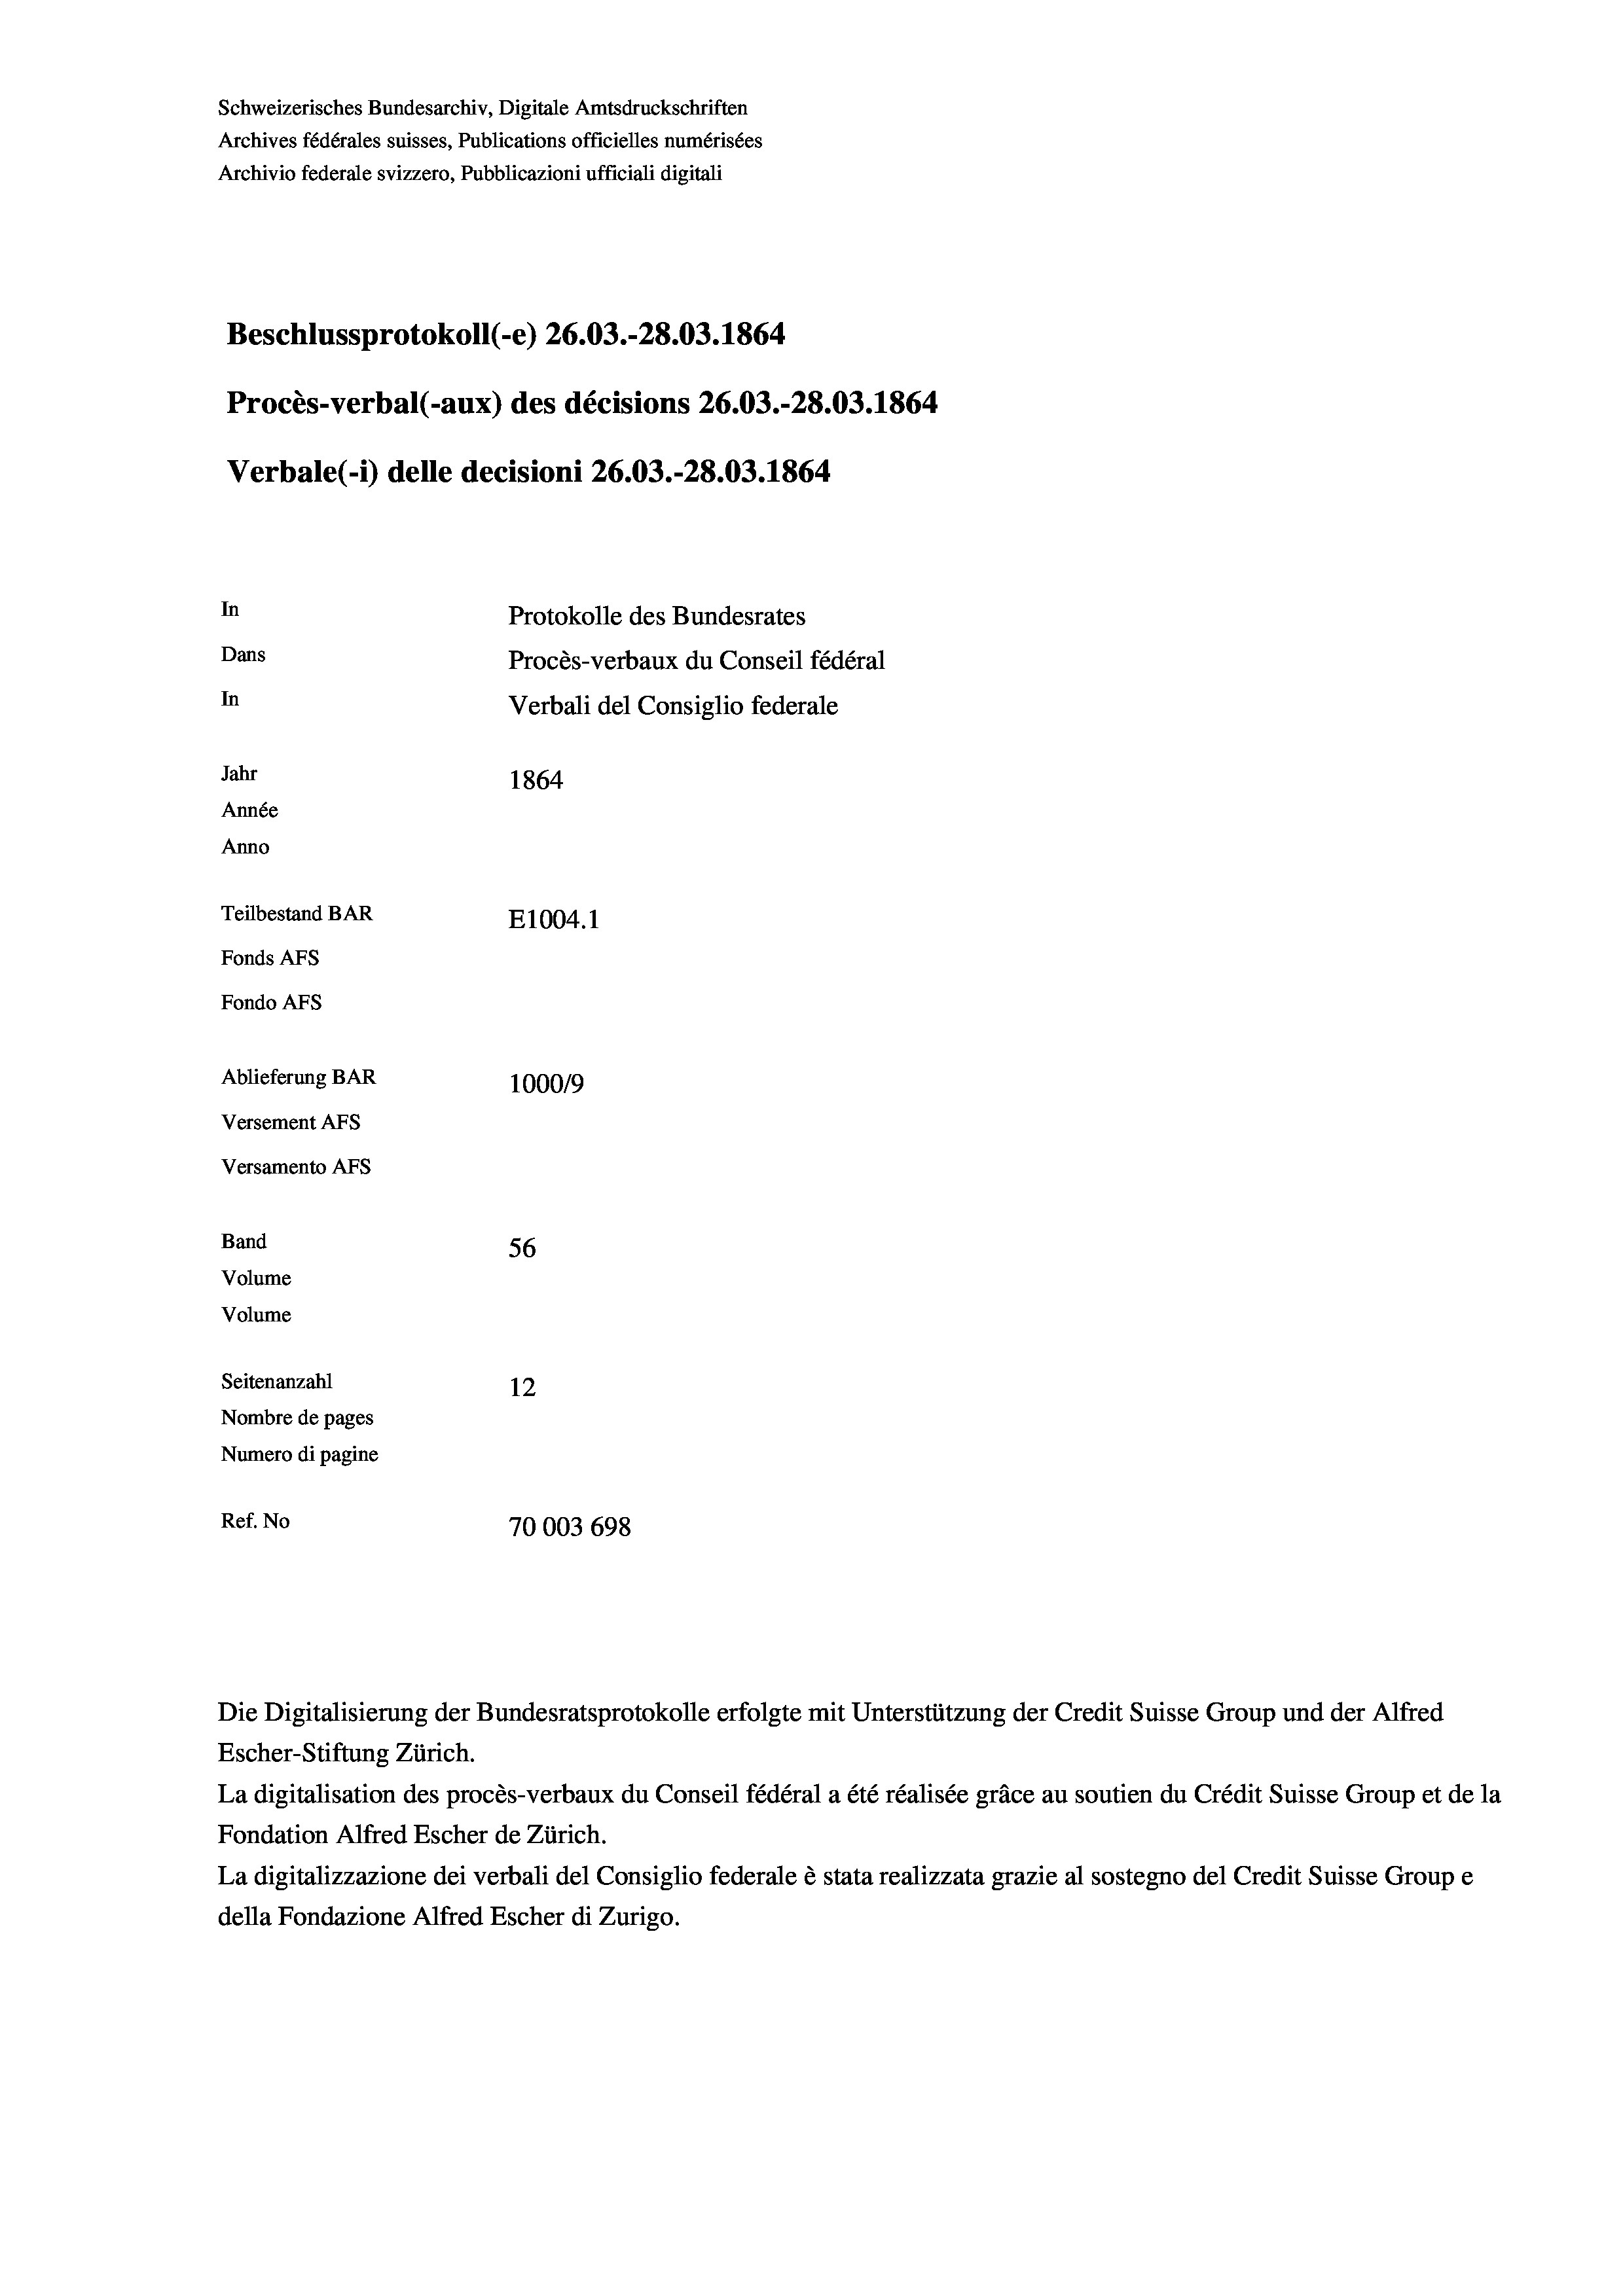
Schweizerisches Bundesarchiv, Digitale Amtsdruckschriften
Archives fédérales suisses, Publications officielles numérisées
Archivio federale svizzero, Pubblicazioni ufficiali digitali
Beschlussprotokoll (-e) 26.03.-28.03. 1864
Procès-verbal (-aux) des décisions 26.03.-28.03. 1864
Verbale (i) delle decisioni 26.03.-28.03. 1864
In
Protokolle des Bundesrates
Dans
Procès-verbaux du Conseil fédéral
In
Verbali del Consiglio federale
Jahr
1864
Année
Anno
Teilbestand BAR
E1004.1
Fonds AFs
Fondo AFS
Ablieferung BAR
100019
Versement AFs
Versamento Afs
Band
56
Volume
Volume
Seitenanzahl
12

Nombre de pages
Numero di pagine
Ref. No
70003 698

Escher-Stiftung Zürich.
La digitalisation des procès-verbaux du Conseil fédéral a été réalisée gräce au soutien du Crédit Suisse Group et de la
Fondation Alfred Escher de Zürich.
La digitalizzazione dei verbali del Consiglio federale è stata realizzata grazie al sostegno del Credit Suisse Groupe
della Fondazione Alfred Escher di Zurigo.

Die Digitalisierung der Bundesratsprotokolle erfolgte mit Unterstützung der Credit Suisse Group und der Alfred